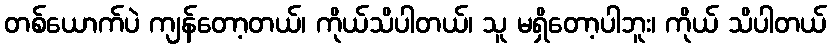
တစ်ယောက်ပဲ ကျန်တော့တယ်၊ ကိုယ်သိပါတယ်၊ သူ မရှိတော့ပါဘူး၊ ကိုယ် သိပါတယ်